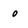
Character: 0